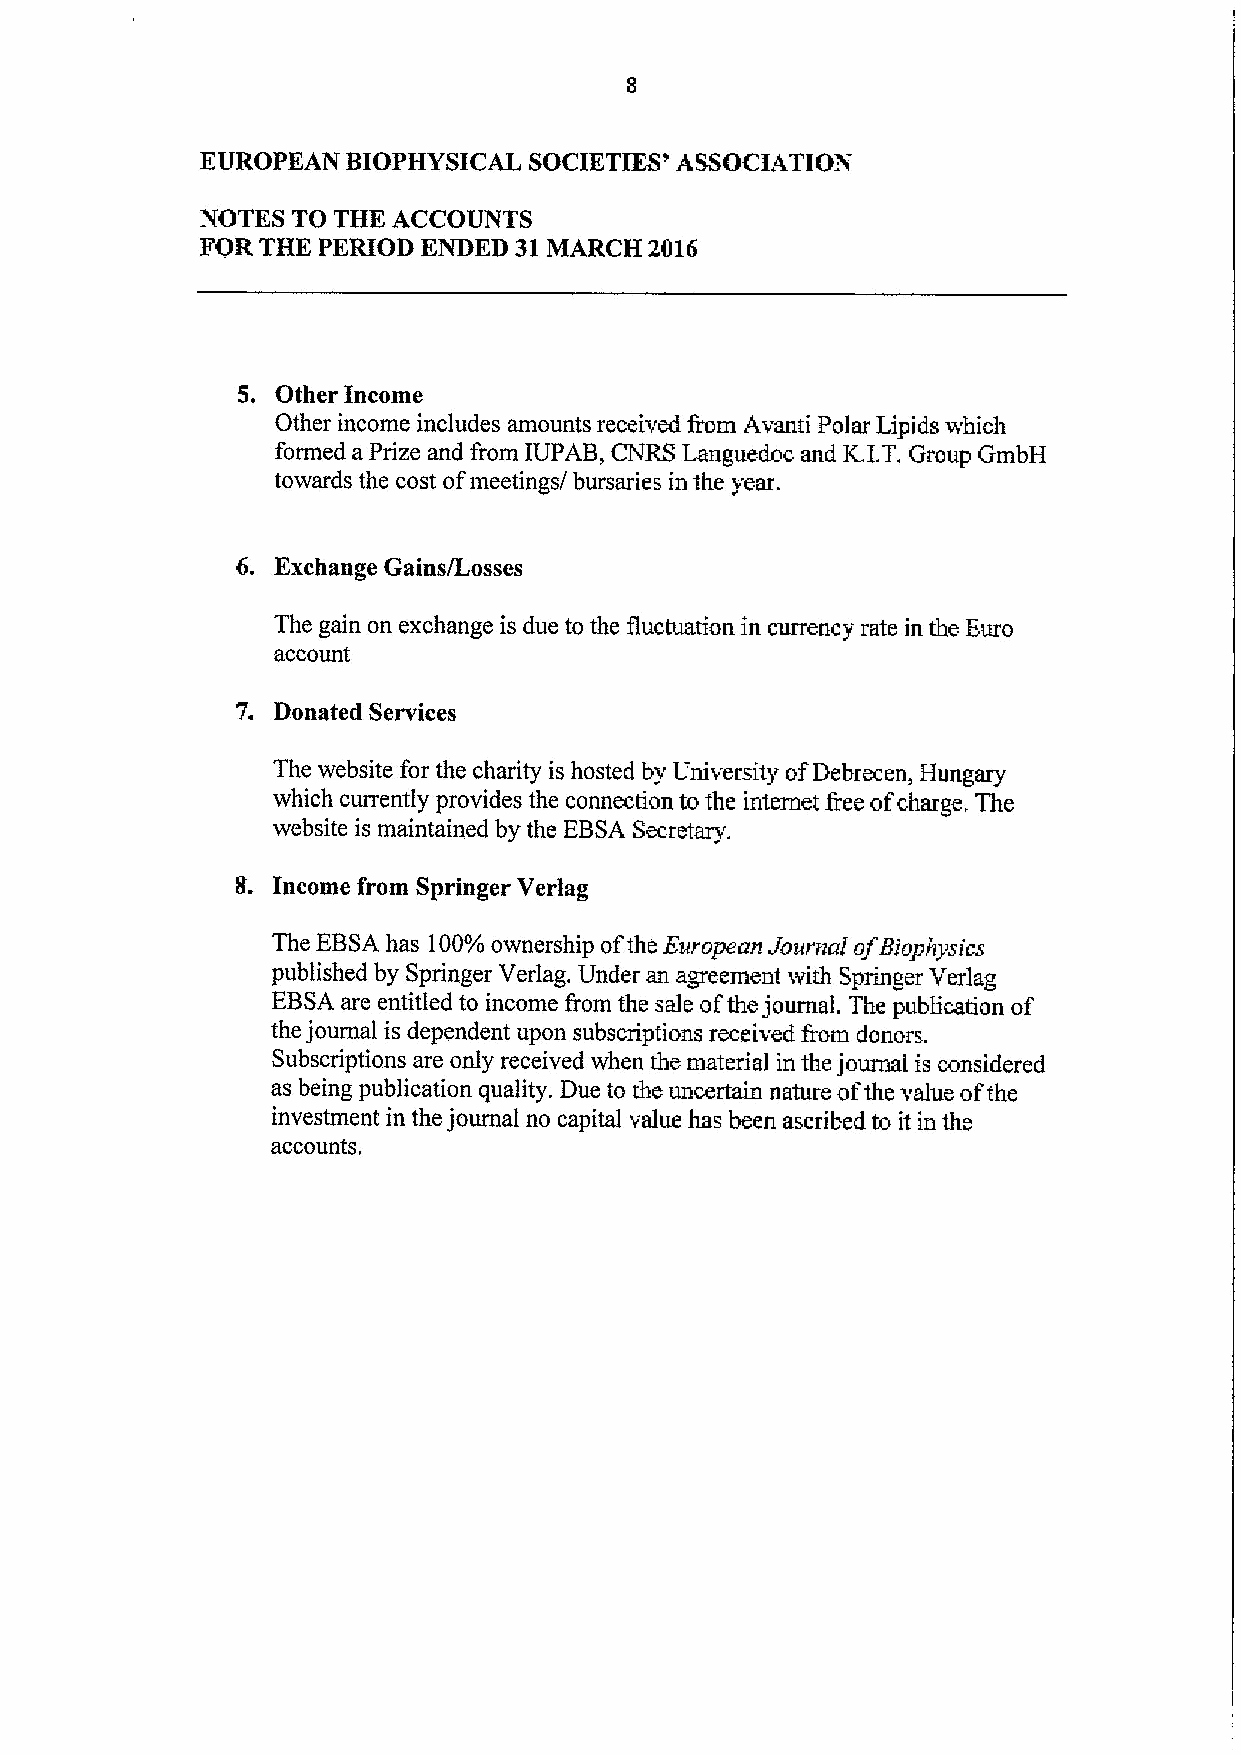
EUROPKAN  BIOPHYSICAL SOCIETIES' ASSOCIATION
 NOTES TO THK ACCOUNTS
 FOR THE PERIOD ENDED 31MARCH  2016
 5. Other Income
 Other income includes amounts received from Avanti polar Lipids which
 formed a Prize and from IUPAB, CNRS Languedoc and K.LT. Group GmbH
 towards the cost ofmeetings/ bursaries in the year.
 6. Exchange Gains/Losses
 The gain on exchange is due to the fluctuation in currency rate in the Euro
 account
 7. Donated Services
 The website for the charity is hosted by University ofDebrecen, Hungary
 which currently provides the connection to the internet free ofcharge, The
 website is maintained by the EBSA Secretary.
 g. Income from Springer Verlag
 The EBSAhas 100'ro ownership ofthe European Journal ofBiophysics
 published by Springer Verlag. Under an agreement with Springer Verlag
 EBSAare entitled to income from the sale ofthe journal, The publication of
 the journal is dependent upon subscriptions received from donors.
 Subscriptions are only received when the material in the journal is considered
 as being publication quality. Due to the uncertain nature ofthe value ofthe
 investment in the journal no capital value has been ascribed to it in the
 accounts,